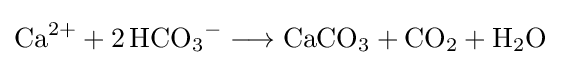
{\mathrm {Ca} {\vphantom {A}}^{2+}{}+{}2\,\mathrm {HCO} {\vphantom {A}}_{\smash[{t}]{3}}{\vphantom {A}}^{-}{}\mathrel {\longrightarrow } {}\mathrm {CaCO} {\vphantom {A}}_{\smash[{t}]{3}}{}+{}\mathrm {CO} {\vphantom {A}}_{\smash[{t}]{2}}{}+{}\mathrm {H} {\vphantom {A}}_{\smash[{t}]{2}}\mathrm {O} }